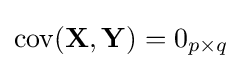
\operatorname {cov} (\mathbf {X} ,\mathbf {Y} )=0_{p\times q}